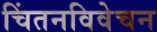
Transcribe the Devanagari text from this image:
चिंतनविवेचन